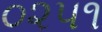
૦૨૫૧